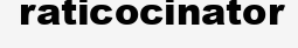
raticocinator